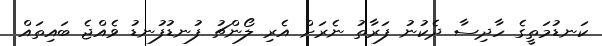
ކަނޑުމަތީގެ ހާދިސާ ދެކުނު ފަރާތު ނެރަށް އެރި ލޯންޗު ފުނޑުފުނޑު ވެއްޖެ ބައިތައް